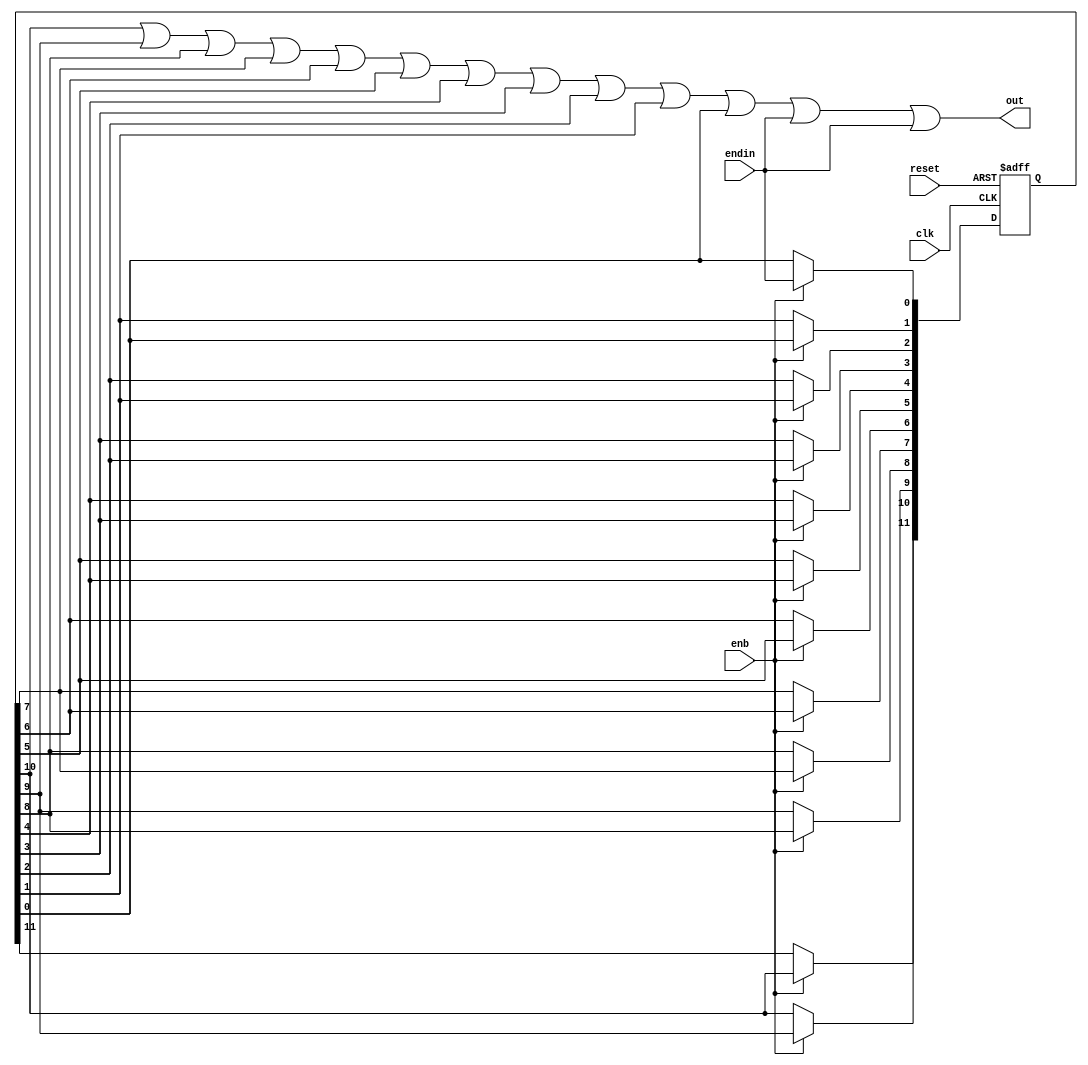
// -------------------------------------------------------------
// 
// 
// Generated by MATLAB 9.8 and HDL Coder 3.16
// 
// -------------------------------------------------------------


// -------------------------------------------------------------
// 
// Module: endInNet
// Source Path: NRPolarDecodeHDL/HDL Algorithm/NR Polar Decoder/CRC Decoder/endInNet
// Hierarchy Level: 3
// 
// -------------------------------------------------------------

`timescale 1 ns / 1 ns

module endInNet
          (clk,
           reset,
           enb,
           endin,
           out);


  input   clk;
  input   reset;
  input   enb;
  input   endin;  // ufix1
  output  out;  // ufix1


  reg  [0:11] endInDelayerComp_reg;  // ufix1 [12]
  reg  [0:11] endInDelayerComp_reg_next;  // ufix1 [12]
  reg  out_1;  // ufix1
  reg  endInDelayerComp_y;
  reg  [0:11] endInDelayerComp_reg_temp;  // ufix1 [12]


  // endIn_Delayer
  always @(posedge clk or posedge reset)
    begin : endInDelayerComp_process
      if (reset == 1'b1) begin
        endInDelayerComp_reg[0] <= 1'b0;
        endInDelayerComp_reg[1] <= 1'b0;
        endInDelayerComp_reg[2] <= 1'b0;
        endInDelayerComp_reg[3] <= 1'b0;
        endInDelayerComp_reg[4] <= 1'b0;
        endInDelayerComp_reg[5] <= 1'b0;
        endInDelayerComp_reg[6] <= 1'b0;
        endInDelayerComp_reg[7] <= 1'b0;
        endInDelayerComp_reg[8] <= 1'b0;
        endInDelayerComp_reg[9] <= 1'b0;
        endInDelayerComp_reg[10] <= 1'b0;
        endInDelayerComp_reg[11] <= 1'b0;
      end
      else begin
        if (enb) begin
          endInDelayerComp_reg[0] <= endInDelayerComp_reg_next[0];
          endInDelayerComp_reg[1] <= endInDelayerComp_reg_next[1];
          endInDelayerComp_reg[2] <= endInDelayerComp_reg_next[2];
          endInDelayerComp_reg[3] <= endInDelayerComp_reg_next[3];
          endInDelayerComp_reg[4] <= endInDelayerComp_reg_next[4];
          endInDelayerComp_reg[5] <= endInDelayerComp_reg_next[5];
          endInDelayerComp_reg[6] <= endInDelayerComp_reg_next[6];
          endInDelayerComp_reg[7] <= endInDelayerComp_reg_next[7];
          endInDelayerComp_reg[8] <= endInDelayerComp_reg_next[8];
          endInDelayerComp_reg[9] <= endInDelayerComp_reg_next[9];
          endInDelayerComp_reg[10] <= endInDelayerComp_reg_next[10];
          endInDelayerComp_reg[11] <= endInDelayerComp_reg_next[11];
        end
      end
    end

  always @* begin
    endInDelayerComp_reg_temp[0] = endInDelayerComp_reg[1];
    endInDelayerComp_y = (((((endInDelayerComp_reg_temp[0] != 1'b0) || (endInDelayerComp_reg[2] != 1'b0)) || (endInDelayerComp_reg[3] != 1'b0)) || (endInDelayerComp_reg[4] != 1'b0)) || (endInDelayerComp_reg[5] != 1'b0)) || (endInDelayerComp_reg[6] != 1'b0);
    endInDelayerComp_y = endInDelayerComp_y || endInDelayerComp_reg[7];
    endInDelayerComp_y = endInDelayerComp_y || endInDelayerComp_reg[8];
    endInDelayerComp_y = endInDelayerComp_y || endInDelayerComp_reg[9];
    endInDelayerComp_y = endInDelayerComp_y || endInDelayerComp_reg[10];
    endInDelayerComp_y = endInDelayerComp_y || endInDelayerComp_reg[11];
    endInDelayerComp_y = endInDelayerComp_y || endin;
    out_1 = endInDelayerComp_y || endin;
    endInDelayerComp_reg_next[0] = endInDelayerComp_reg[1];
    endInDelayerComp_reg_next[1] = endInDelayerComp_reg[2];
    endInDelayerComp_reg_next[2] = endInDelayerComp_reg[3];
    endInDelayerComp_reg_next[3] = endInDelayerComp_reg[4];
    endInDelayerComp_reg_next[4] = endInDelayerComp_reg[5];
    endInDelayerComp_reg_next[5] = endInDelayerComp_reg[6];
    endInDelayerComp_reg_next[6] = endInDelayerComp_reg[7];
    endInDelayerComp_reg_next[7] = endInDelayerComp_reg[8];
    endInDelayerComp_reg_next[8] = endInDelayerComp_reg[9];
    endInDelayerComp_reg_next[9] = endInDelayerComp_reg[10];
    endInDelayerComp_reg_next[10] = endInDelayerComp_reg[11];
    endInDelayerComp_reg_next[11] = endin;
  end



  assign out = out_1;

endmodule  // endInNet